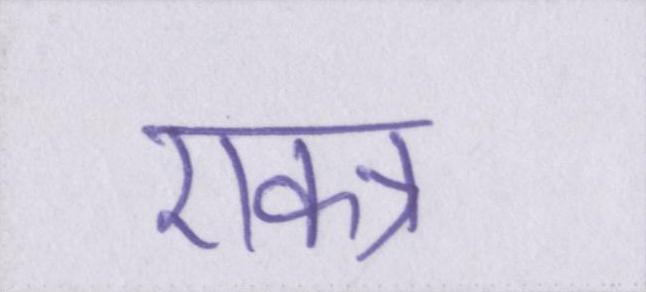
एकत्र